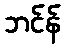
ဘင်န်